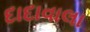
દાદાવાલા